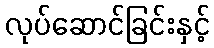
လုပ်ဆောင်ခြင်းနှင့်